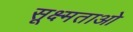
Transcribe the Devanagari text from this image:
सूक्ष्मताओ